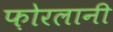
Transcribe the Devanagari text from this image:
फ़ोरलानी